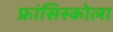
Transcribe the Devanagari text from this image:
फ्रांसिस्कोला